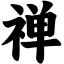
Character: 禅